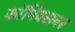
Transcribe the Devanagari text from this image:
कॉमिक्सवर